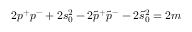
2 p ^ { + } p ^ { - } + 2 s _ { 0 } ^ { 2 } - 2 \tilde { p } ^ { + } \tilde { p } ^ { - } - 2 \tilde { s } _ { 0 } ^ { 2 } = 2 m